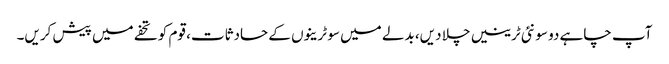
آپ چاہے دو سو نئی ٹرینیں چلا دیں، بدلے میں سو ٹرینوں کے حادثات، قوم کو تحفے میں پیش کریں۔